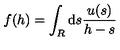
f ( h ) = \int _ { R } \mathrm { d } s \frac { u ( s ) } { h - s }